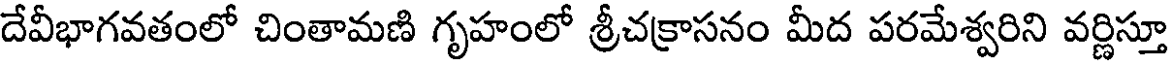
దేవీభాగవతంలో చింతామణి గృహంలో శ్రీచక్రాసనం మీద పరమేశ్వరిని వర్ణిస్తూ